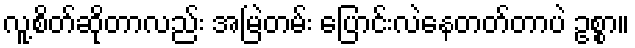
လူ့စိတ်ဆိုတာလည်း အမြဲတမ်း ပြောင်းလဲနေတတ်တာပဲ ဥစ္စာ။